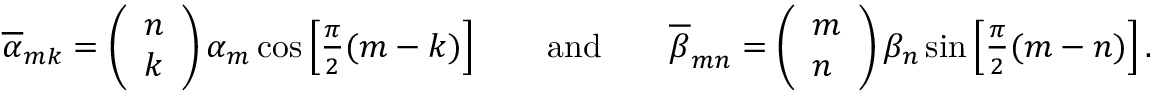
\begin{array} { r } { \overline { { \alpha } } _ { m k } = \left( \begin{array} { l } { n } \\ { k } \end{array} \right) \alpha _ { m } \cos \left[ \frac { \pi } { 2 } ( m - k ) \right] \qquad \mathrm { a n d } \qquad \overline { { \beta } } _ { m n } = \left( \begin{array} { l } { m } \\ { n } \end{array} \right) \beta _ { n } \sin \left[ \frac { \pi } { 2 } ( m - n ) \right] . } \end{array}